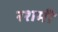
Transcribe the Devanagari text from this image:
रशमी